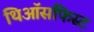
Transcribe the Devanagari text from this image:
थिऑसफिस्ट